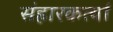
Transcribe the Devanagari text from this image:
संहारकर्त्या